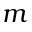
m